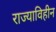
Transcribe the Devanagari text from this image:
राज्याविहीन